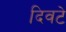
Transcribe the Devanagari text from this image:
दिवटे